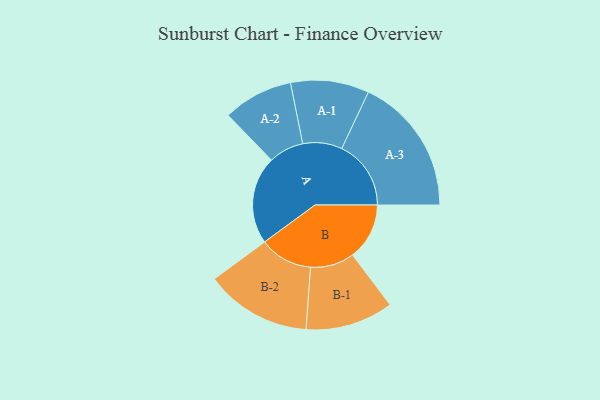
{"axis": {"x": "Segment", "y": "Value"}, "legend": ["", "A", "B"], "data": [{"x": "A", "y": 316, "type": ""}, {"x": "B", "y": 204, "type": ""}, {"x": "A-1", "y": 141, "type": "A"}, {"x": "A-2", "y": 126, "type": "A"}, {"x": "A-3", "y": 249, "type": "A"}, {"x": "B-1", "y": 158, "type": "B"}, {"x": "B-2", "y": 191, "type": "B"}]}